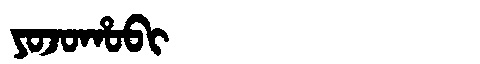
Manchu: ᠶᠣᠵᠣᡥᠣᠪᡳ
Romanization: YOJOHOBI